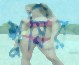
শুষির